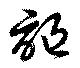
謳